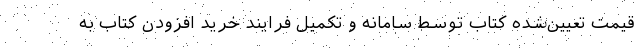
قیمت تعیین‌شده کتاب توسط سامانه و تکمیل فرایند خرید افزودن کتاب به